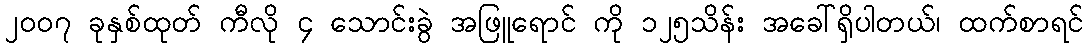
၂၀ဝ၇ ခုနှစ်ထုတ် ကီလို ၄ သောင်းခွဲ အဖြူရောင် ကို ၁၂၅သိန်း အခေါ်ရှိပါတယ်၊ ထက်စာရင်